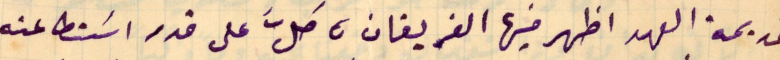
قديمة العهد اظهر فيها الفريقان ، كلَّ على قدر استطاعته